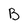
Character: B